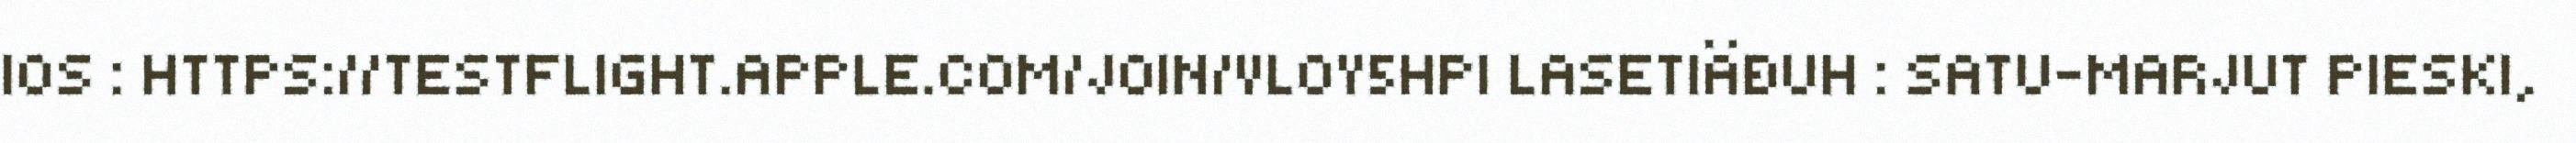
IOS : HTTPS://TESTFLIGHT.APPLE.COM/JOIN/VLOY5HPI LASETIÄĐUH : SATU-MARJUT PIESKI,